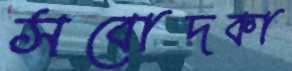
সবোদকা